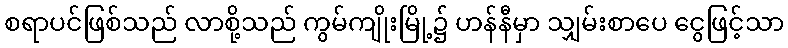
စရာပင်ဖြစ်သည် လာစို့သည် ကွမ်ကျိုးမြို့၌ ဟန်နီမှာ သျှမ်းစာပေ ငွေဖြင့်သာ